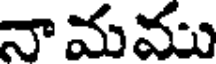
నామము